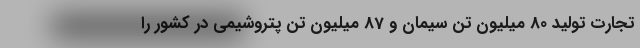
تجارت تولید 80 میلیون تن سیمان و 87 میلیون تن پتروشیمی در کشور را